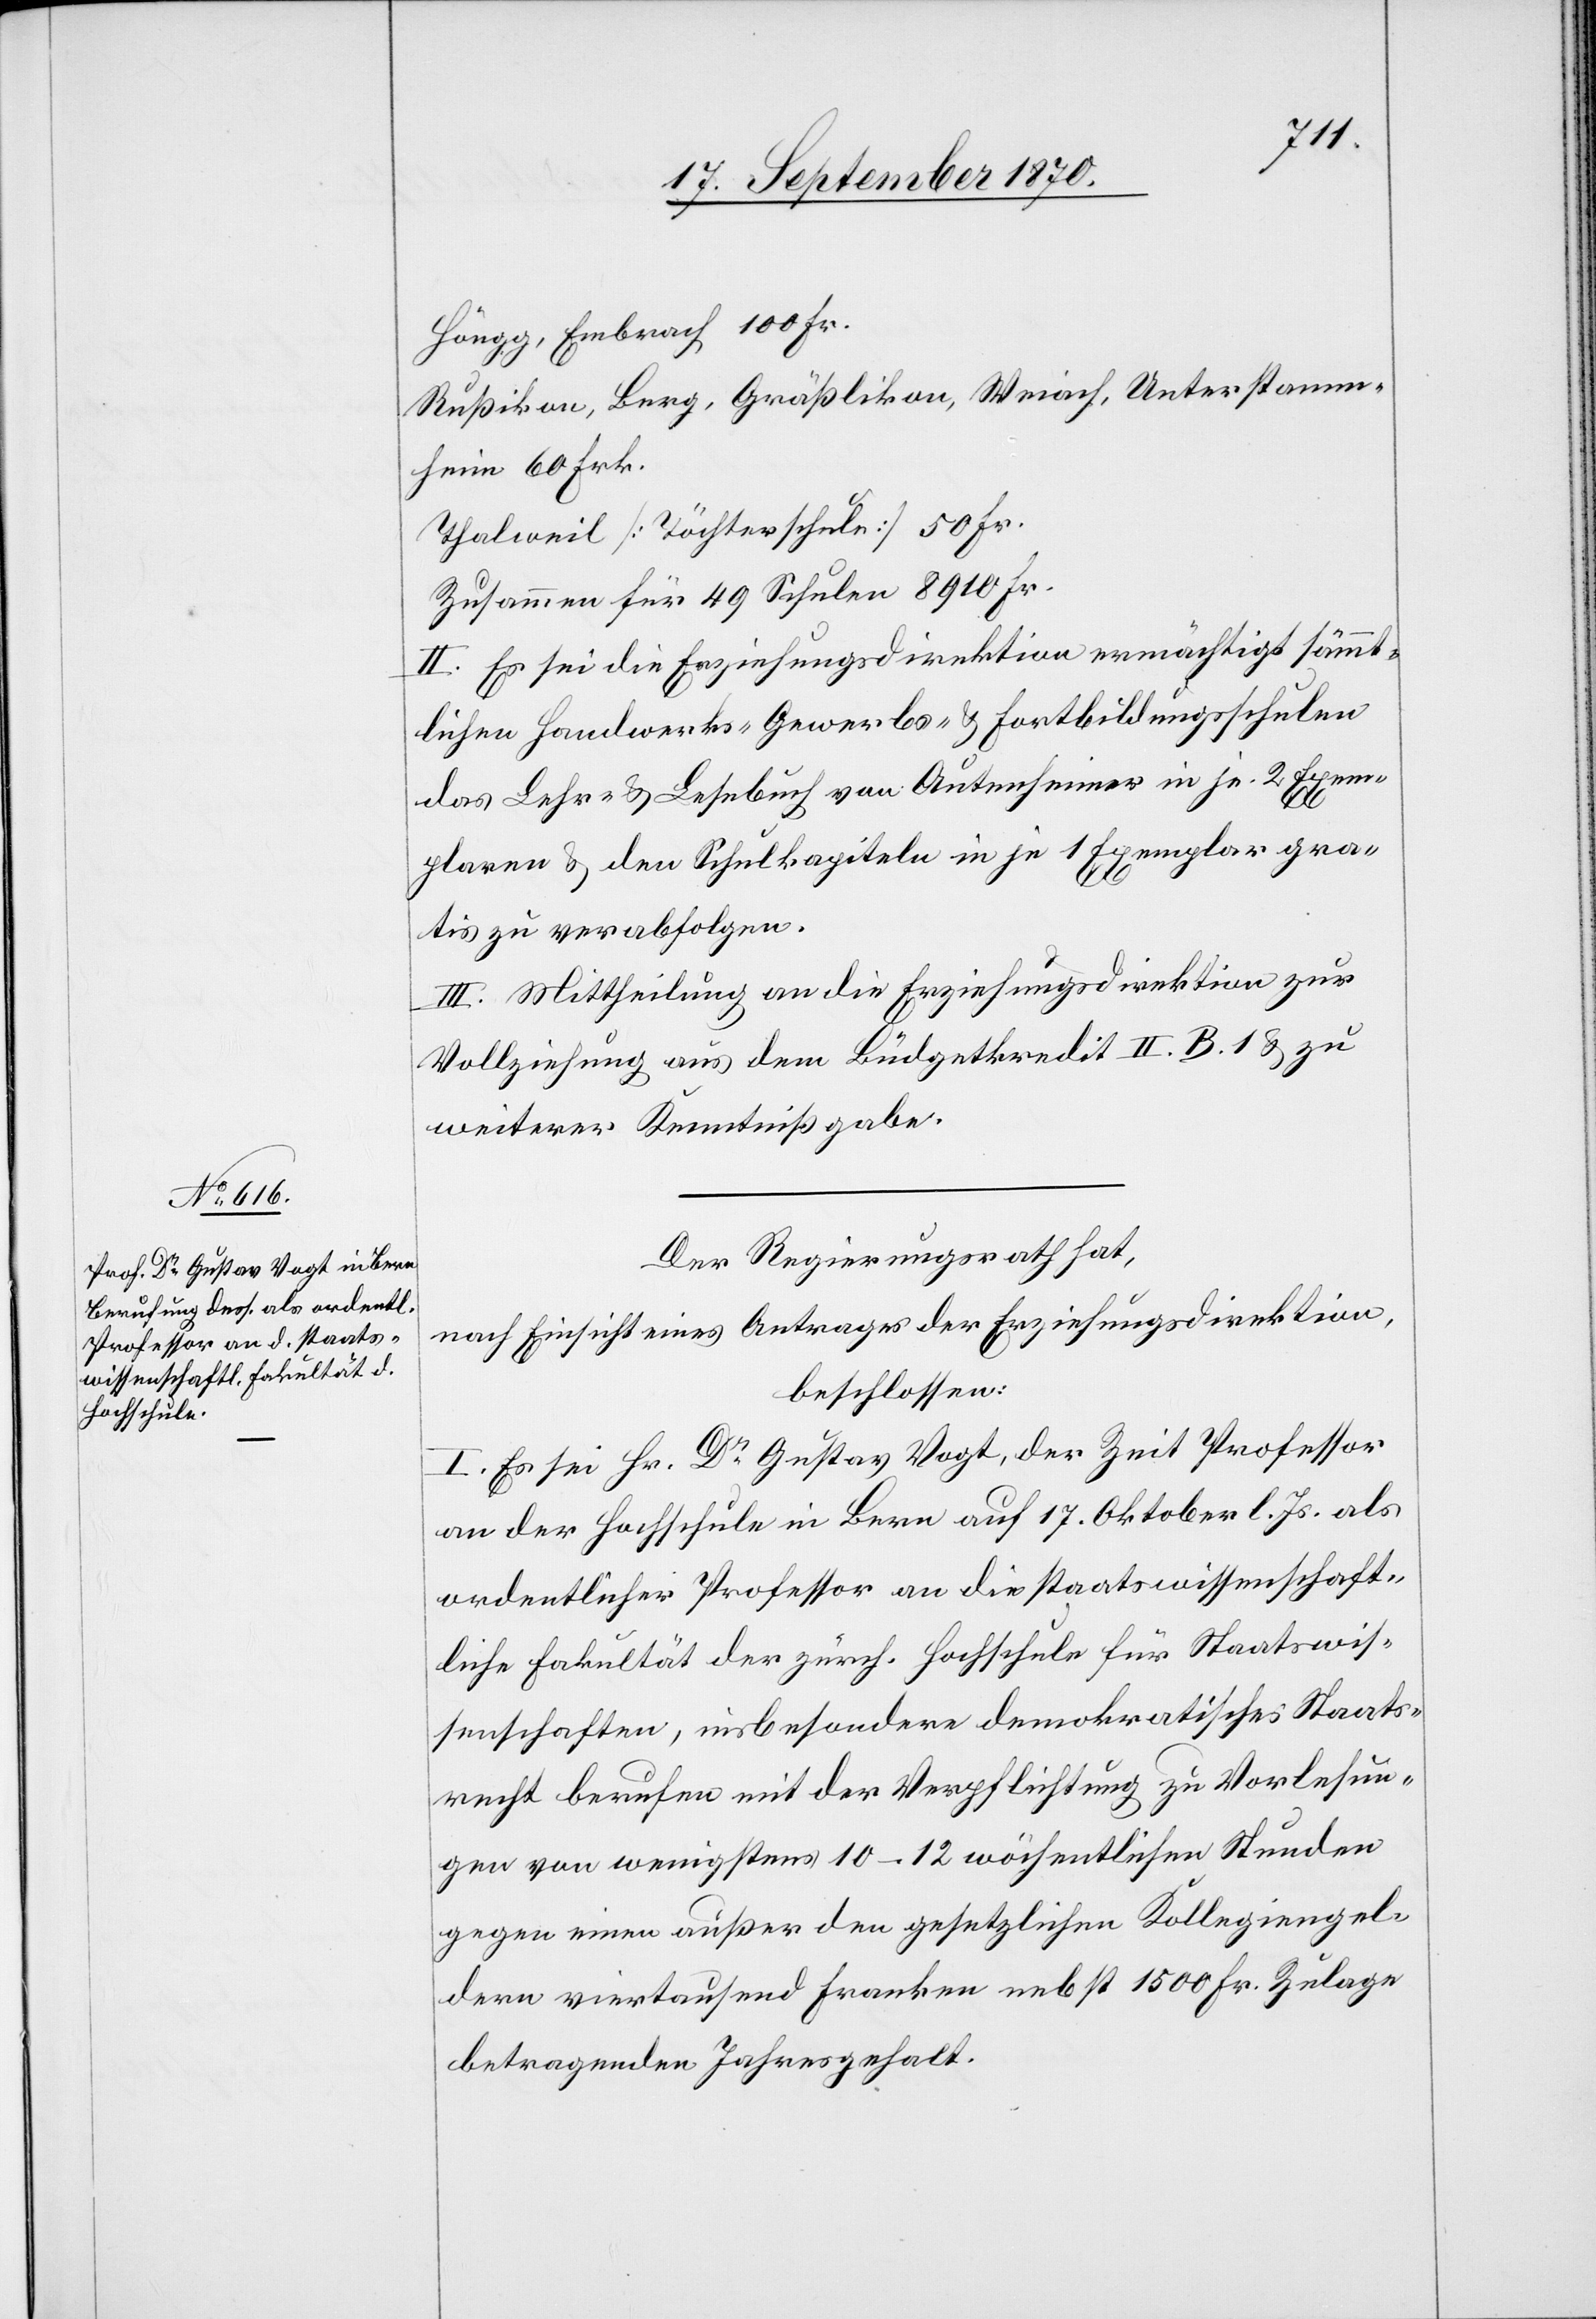
Höngg, Embrach 100 Fr.
Rußikon, Berg, Gräßlikon, Weiach, Unterstamm¬
heim 60 Frk.
Thalweil [Töchterschule] 50 Fr.
Zusammen für 49 Schulen 8910 Fr.
II. Es sei die Erziehungsdirektion ermächtigt sämmt¬
lichen Handwerks- Gewerbs- & Fortbildungsschulen
das Lehr- & Lesebuch von Autenheimer in je 2 Exem¬
plaren & den Schulkapiteln in je 1 Exemplar gra¬
tis zu verabfolgen.
III. Mittheilung an die Erziehungsdirektion zur
Vollziehung aus dem Büdgetkredit II. B. 1 & zu
weiterer Kenntnißgabe.
Der Regierungsrath hat,
nach Einsicht eines Antrages der Erziehungsdirektion,
beschlossen:
I. Es sei Hr. Dr Gustav Vogt, der Zeit Professor
an der Hochschule in Bern auf 17. Oktober l. Js. als
ordentlicher Professor an die staatswissenschaft¬
liche Fakultät der zürch. Hochschule für Staatswis¬
senschaften, insbesondere demokratisches Staats¬
recht berufen mit der Verpflichtung zu Vorlesun¬
gen von wenigstens 10–12 wöchentlichen Stunden
gegen einen außer den gesetzlichen Kollegiengel¬
dern viertausend Franken nebst 1500 Fr. Zulage
betragenden Jahresgehalt.